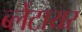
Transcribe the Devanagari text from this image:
ब्लेंटायर